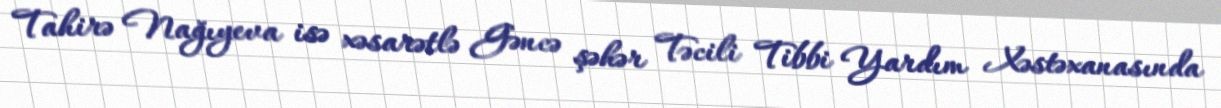
Tahirə Nağıyeva isə xəsarətlə Gəncə şəhər Təcili Tibbi Yardım Xəstəxanasında